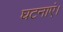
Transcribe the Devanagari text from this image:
घटनाएं।